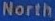
North